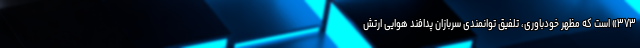
۳۷۳» است که مظهر خودباوری، ‌تلفیق توانمندی سربازان پدافند هوایی ارتش